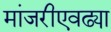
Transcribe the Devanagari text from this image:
मांजरीएवढ्या